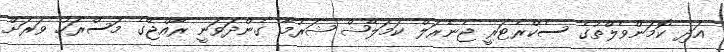
އަދި ކޮމަންވެލްތުގެ ސެކްރެޓަރީ ޖެނެރަލް ކަމަލޭޝް ޝަރުމާ ގެންދަވަނީ ރާއްޖޭގެ މަސްރަހު ވަރަށް